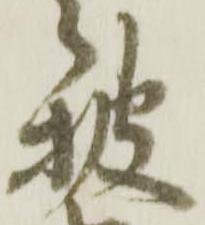
披